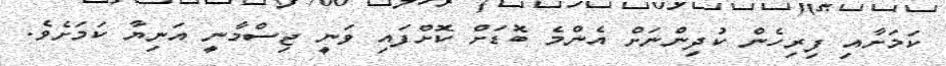
ކަމަށާއި ފިރިހެން ކުދިންނަށް އެންމެ ބޮޑަށް ކޮށްފައި ވަނީ ޖިސްމާނީ އަނިޔާ ކަމަށެވެ.